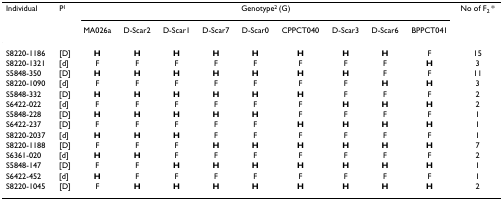
| Individual | P1 | <COLSPAN=9> Genotype2 (G) | No of F2 * |
 |  |  | MA026a | D-Scar2 | D-Scar1 | D-Scar7 | D-Scar0 | CPPCT040 | D-Scar3 | D-Scar6 | BPPCT041 |  |
 | --- | --- | --- | --- | --- | --- | --- | --- | --- | --- | --- | --- |
 | S8220-1186 | [D] | H | H | H | H | H | H | H | H | F | 15 |
 | S8220-1321 | [d] | F | F | F | F | F | F | F | F | H | 3 |
 | S5848-350 | [D] | H | H | H | H | H | H | H | F | F | 11 |
 | S8220-1090 | [d] | F | F | F | F | F | F | F | H | H | 3 |
 | S5848-332 | [D] | H | H | H | H | H | H | F | F | F | 2 |
 | S6422-022 | [d] | F | F | F | F | F | F | H | H | H | 2 |
 | S5848-228 | [D] | H | H | H | H | H | F | F | F | F | 1 |
 | S6422-237 | [D] | F | F | F | F | F | H | H | H | H | 1 |
 | S8220-2037 | [d] | H | H | H | F | F | F | F | F | F | 1 |
 | S8220-1188 | [D] | F | F | F | H | H | H | H | H | H | 7 |
 | S6361-020 | [d] | H | H | F | F | F | F | F | F | F | 2 |
 | S5848-147 | [D] | F | F | H | H | H | H | H | H | H | 1 |
 | S6422-452 | [d] | H | F | F | F | F | F | F | F | F | 1 |
 | S8220-1045 | [D] | F | H | H | H | H | H | H | H | H | 2 |